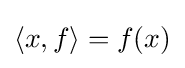
\left\langle x,f\right\rangle =f(x)